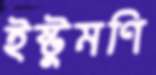
ইষ্টুমণি